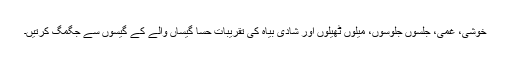
خوشی، غمی، جلسوں جلوسوں، میلوں ٹھیلوں اور شادی بیاہ کی تقریبات حسا گیساں والے کے گیسوں سے جگمگ کرتیں۔